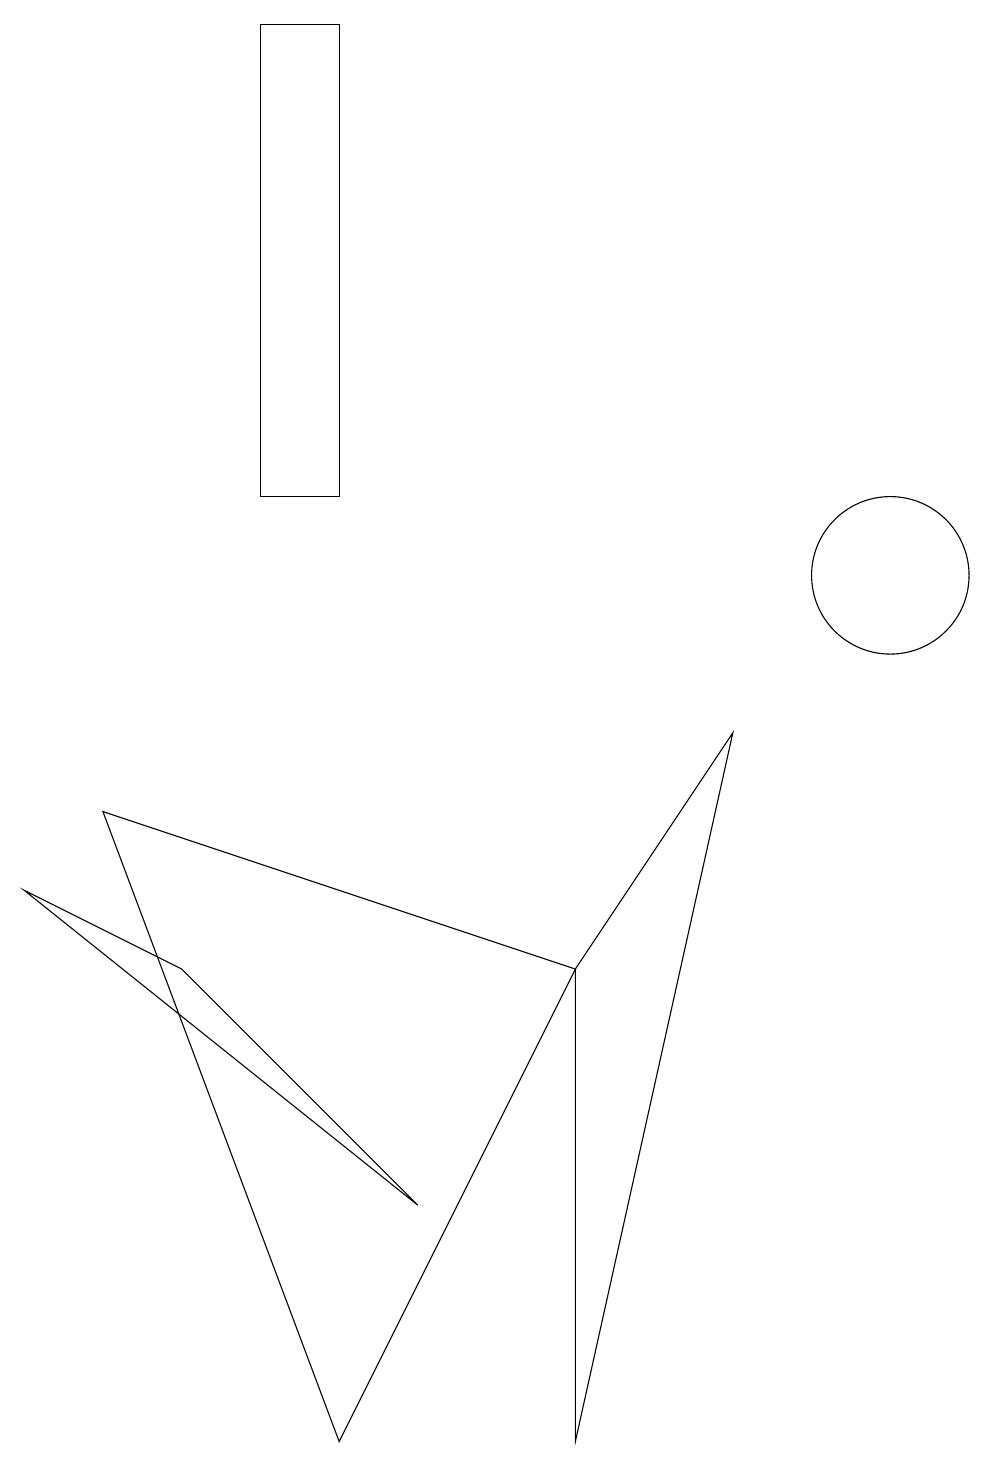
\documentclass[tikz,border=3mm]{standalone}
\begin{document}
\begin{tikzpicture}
\draw (5,3) -- (2,6) -- (0,7) -- cycle;
\draw (3,12) rectangle (4,18);
\draw (11,11) circle (1);
\draw (4,0) -- (7,6) -- (1,8) -- cycle;
\draw (7,6) -- (7,0) -- (9,9) -- cycle;
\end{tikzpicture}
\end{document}